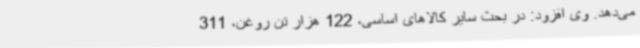
می‌دهد. وی افزود: در بحث سایر کالاهای اساسی، 122 هزار تن روغن، 311